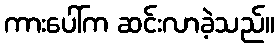
ကားပေါ်က ဆင်းလာခဲ့သည်။